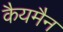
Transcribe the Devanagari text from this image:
कैयमैन